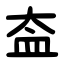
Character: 盇